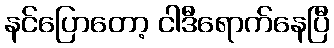
နင်ပြောတော့ ငါဒီရောက်နေပြီ